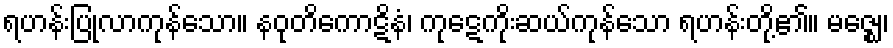
ရဟန်းပြုလာကုန်သော။ နဝုတိကောဋိနံ၊ ကုဋေကိုးဆယ်ကုန်သော ရဟန်းတို့၏။ မဇ္ဈေ၊